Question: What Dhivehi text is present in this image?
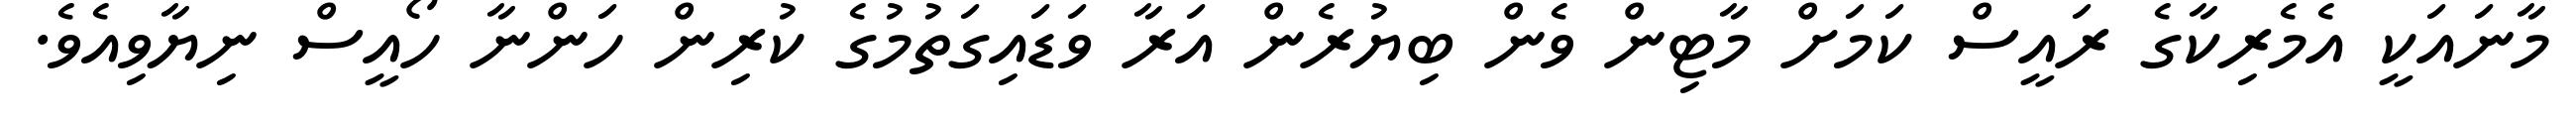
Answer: މާނައަކީ އެމެރިކާގެ ރައީސް ކަމަށް މާޓިން ވެން ބިޔުރެން އަރާ ވަޑައިގަތުމުގެ ކުރިން ހަންނާ ހޯއީސް ނިޔާވިއެވެ.